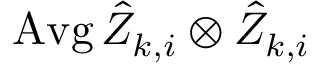
\operatorname { A v g } \hat { Z } _ { k , i } \otimes \hat { Z } _ { k , i }